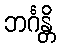
ဘင်္ဂန္တိ